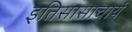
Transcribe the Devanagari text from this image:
इतिसासाचार्य